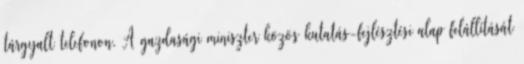
tárgyalt telefonon. A gazdasági miniszter közös kutatás-fejlésztési alap felállítását